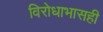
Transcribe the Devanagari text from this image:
विरोधाभासही